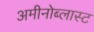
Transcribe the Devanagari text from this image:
अमीनोब्लास्ट